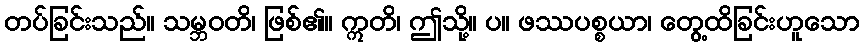
တပ်ခြင်းသည်။ သမ္ဘဝတိ၊ ဖြစ်၏။ ဣတိ၊ ဤသို့။ ပ။ ဖဿပစ္စယာ၊ တွေ့ထိခြင်းဟူသော